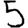
Digit: 5